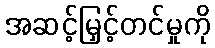
အဆင့်မြှင့်တင်မှုကို